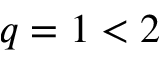
q = 1 < 2